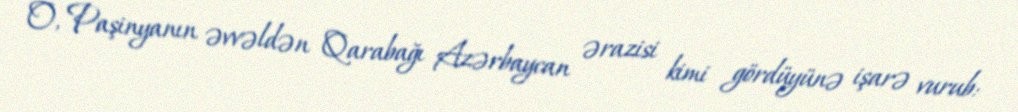
O, Paşinyanın əvvəldən Qarabağı Azərbaycan ərazisi kimi gördüyünə işarə vurub: